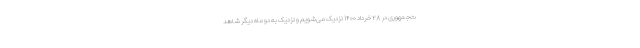
ت‌جمهوری در ۲۸ خرداد ۱۴۰۰ نزدیک می‌شویم و نزدیک به دو ماه دیگر شاهد